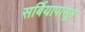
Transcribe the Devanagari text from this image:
सर्बियापासून